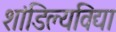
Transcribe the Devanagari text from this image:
शांडिल्यविद्या